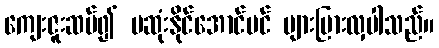
ကျေးဇူးဆပ်၍ မဆုံးနိုင်အောင်ပင် များပြားလှပါသည်။